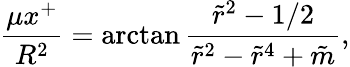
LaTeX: {\frac{\mu x^{+}}{R^{2}}}=\arctan{\frac{\tilde{r}^{2}-1/2}{\tilde{r}^{2}-\tilde{r}^{4}+\tilde{m}}},